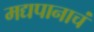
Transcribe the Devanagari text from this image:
मद्यपानाचं